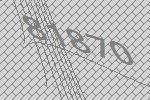
81870